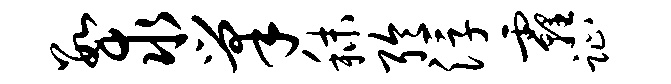
数求巢秣聆浮霾趾